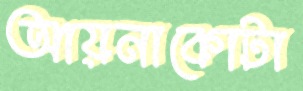
আয়নাকোটা